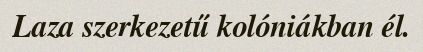
Laza szerkezetű kolóniákban él.